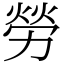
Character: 勞